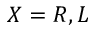
X = R , L